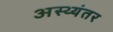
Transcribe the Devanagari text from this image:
अस्थ्यंतर